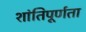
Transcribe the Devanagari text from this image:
शांतिपूर्णता